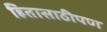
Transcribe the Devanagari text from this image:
हितासाठीपण